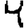
Digit: 4